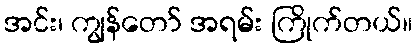
အင်း၊ ကျွန်တော် အရမ်း ကြိုက်တယ်။